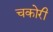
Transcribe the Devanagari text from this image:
चकोरी